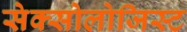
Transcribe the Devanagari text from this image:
सेक्सोलोजिस्ट